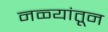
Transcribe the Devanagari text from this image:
नळ्यांतून